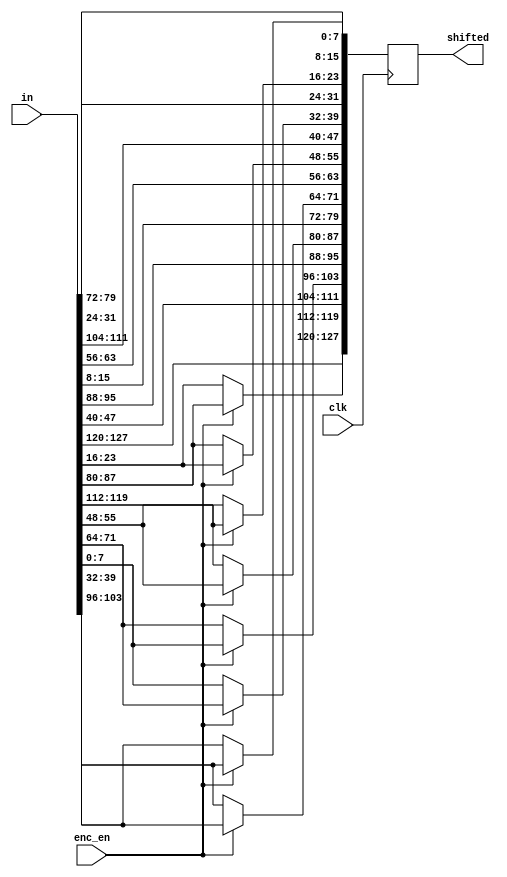

//shift rows transformation according to enc or dec
module shiftRows (clk, in, shifted, enc_en);
    input clk, enc_en;
	input [0:127] in;
	output reg [0:127] shifted;
	
	// First row (r = 0) is not shifted
	always @(posedge clk) begin
	shifted[0+:8] <= in[0+:8];
	shifted[32+:8] <= in[32+:8];
	shifted[64+:8] <= in[64+:8];
    shifted[96+:8] <= in[96+:8];
	
	// Second row (r = 1) is cyclically left shifted by 1 offset (right for dec)
   shifted[8+:8] <= enc_en ? in[40+:8] : in[104+:8];
   shifted[40+:8] <= enc_en ? in[72+:8] : in[8+:8];
   shifted[72+:8] <= enc_en ? in[104+:8]: in[40+:8];
   shifted[104+:8] <= enc_en ? in[8+:8] : in[72+:8];
	
	// Third row (r = 2) is cyclically left shifted by 2 offsets (right for dec)
   shifted[16+:8] <= in[80+:8];
   shifted[48+:8] <= in[112+:8];
   shifted[80+:8] <= in[16+:8];
   shifted[112+:8] <= in[48+:8];
	
	// Fourth row (r = 3) is cyclically left shifted by 3 offsets (right for dec)
   shifted[24+:8] <= enc_en ? in[120+:8] : in[56+:8];
   shifted[56+:8] <= enc_en ? in[24+:8] : in[88+:8];
   shifted[88+:8] <= enc_en ? in[56+:8] : in[120+:8];
   shifted[120+:8] <= enc_en ? in[88+:8] : in[24+:8];
   end

endmodule